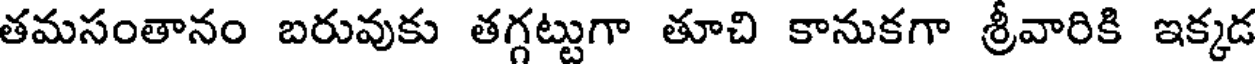
తమసంతానం బరువుకు తగ్గట్టుగా తూచి కానుకగా శ్రీవారికి ఇక్కడ